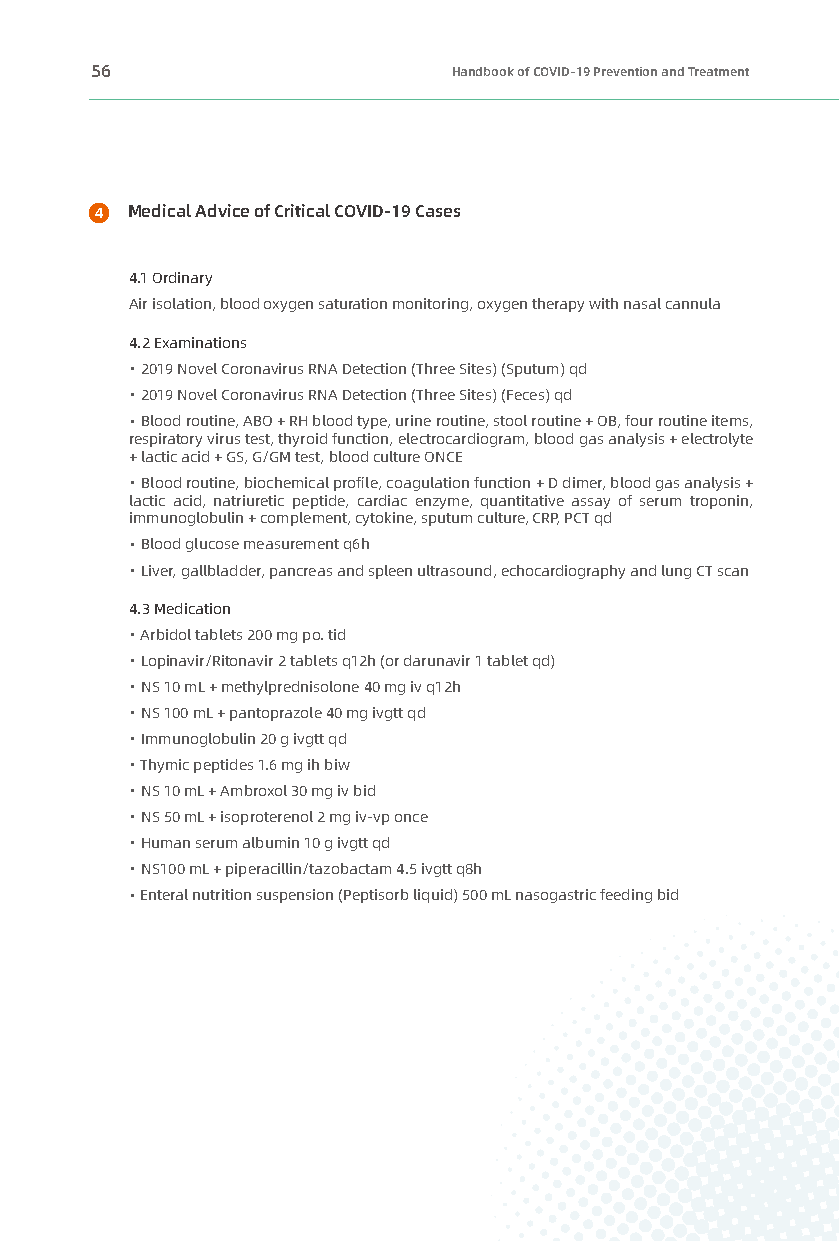
56                      Handbook of COVID-19 Prevention and Treatment
 Medical Advice of Critical COVID-19 Cases
 4.1 Ordinary
 Air isolation, blood oxygen saturation monitoring, oxygen therapy with nasal cannula
 4.2 Examinations
 · 2019 Novel Coronavirus RNA Detection (Three Sites) (Sputum) qd
 · 2019 Novel Coronavirus RNA Detection (Three Sites) (Feces) qd
 · Blood routine, ABO + RH blood type, urine routine, stool routine + OB, four routine items,
 respiratory virus test, thyroid function, electrocardiogram, blood gas analysis + electrolyte
 + lactic acid + GS, G/GM test, blood culture ONCE
 · Blood routine, biochemical profile, coagulation function + D dimer, blood gas analysis +
 lactic acid, natriuretic peptide, cardiac enzyme, quantitative assay of serum troponin,
 immunoglobulin + complement, cytokine, sputum culture, CRP, PCT qd
 · Blood glucose measurement q6h
 · Liver, gallbladder, pancreas and spleen ultrasound, echocardiography and lung CT scan
 4.3 Medication
 · Arbidol tablets 200 mg po. tid
 · Lopinavir/Ritonavir 2 tablets q12h (or darunavir 1 tablet qd)
 · NS 10 mL + methylprednisolone 40 mg iv q12h
 · NS 100 mL + pantoprazole 40 mg ivgtt qd
 · Immunoglobulin 20 g ivgtt qd
 · Thymic peptides 1.6 mg ih biw
 · NS 10 mL + Ambroxol 30 mg iv bid
 · NS 50 mL + isoproterenol 2 mg iv-vp once
 · Human serum albumin 10 g ivgtt qd
 · NS100 mL + piperacillin/tazobactam 4.5 ivgtt q8h
 · Enteral nutrition suspension (Peptisorb liquid) 500 mL nasogastric feeding bid